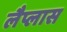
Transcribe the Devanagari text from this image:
लैप्लास